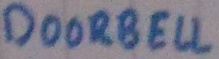
Text: DOORBELL